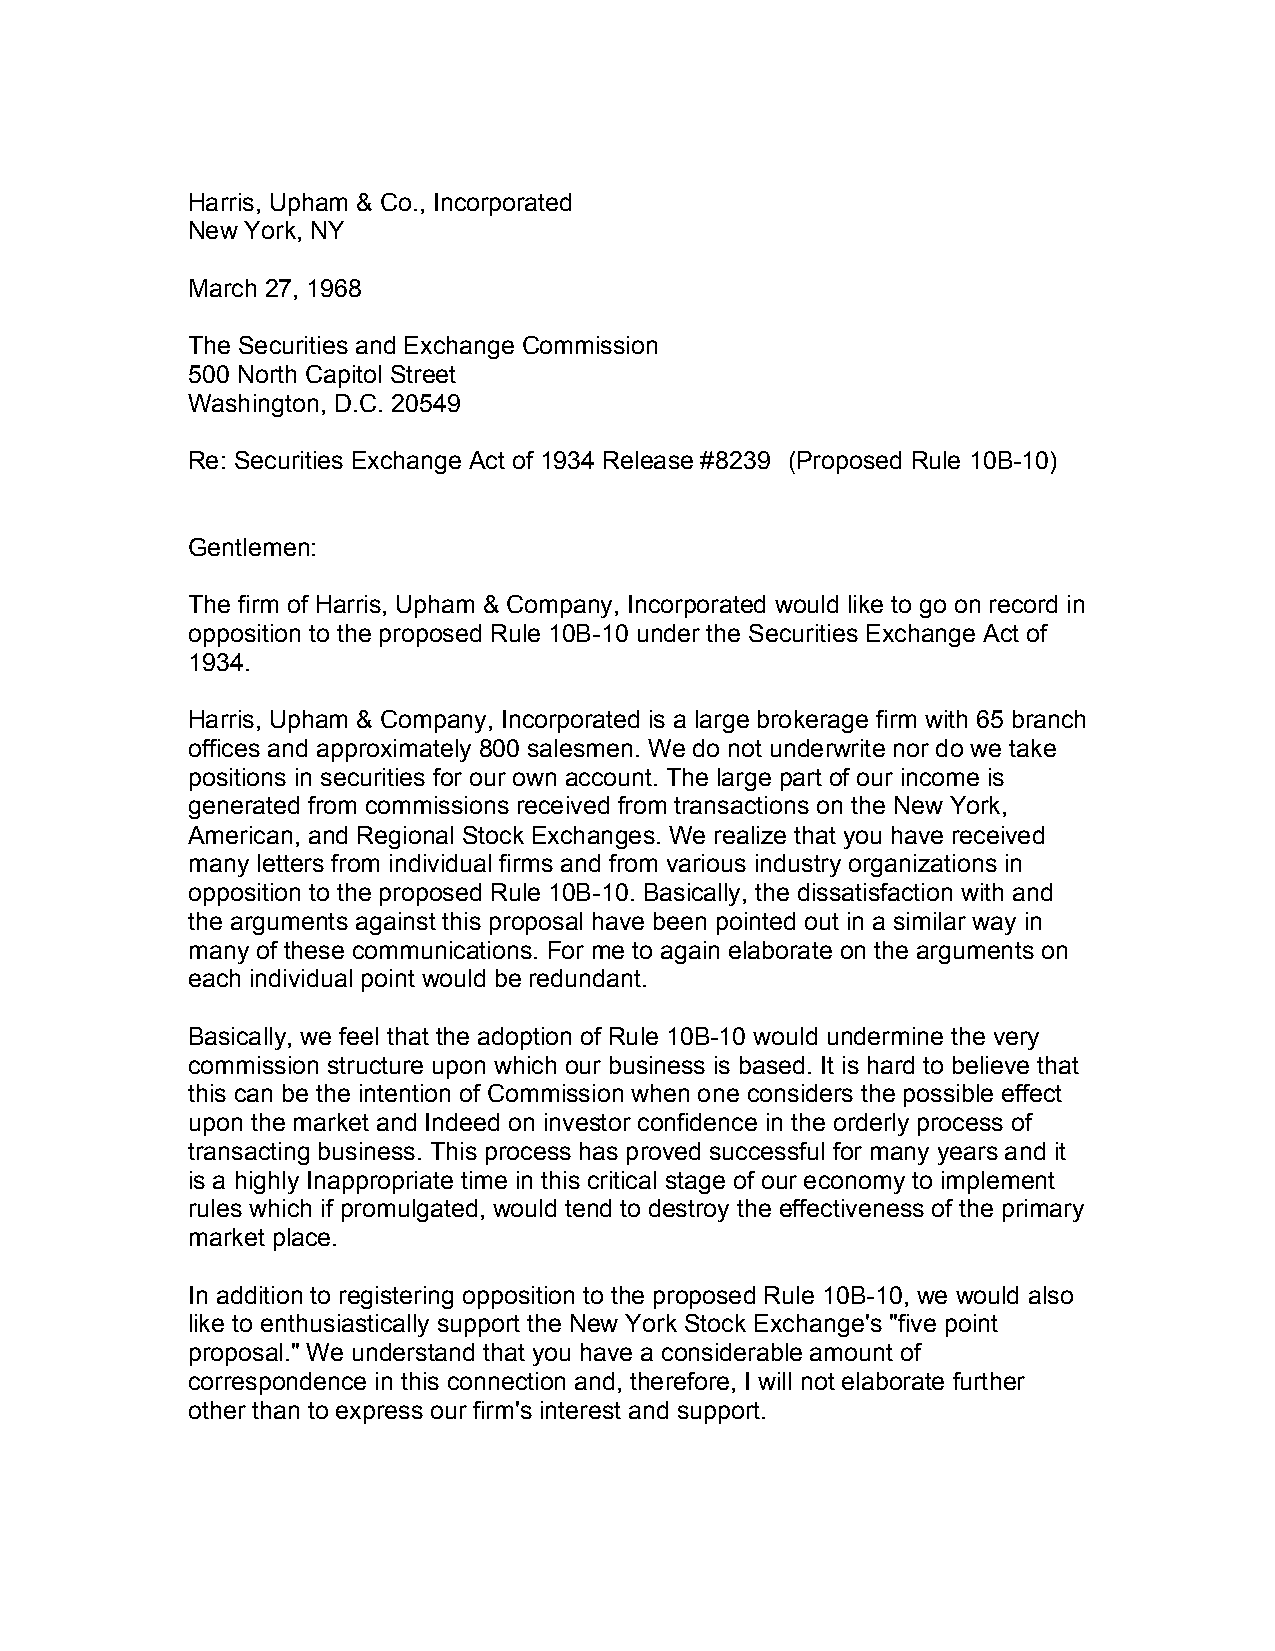
Harris, Upham & Co., Incorporated
 New York, NY
 March 27, 1968
 The Securities and Exchange Commission
 500 North Capitol Street
 Washington, D.C. 20549
 Re: Securities Exchange Act of 1934 Release #8239 (Proposed Rule 10B-10)
 Gentlemen:
 The firm of Harris, Upham & Company, Incorporated would like to go on record in
 opposition to the proposed Rule 10B-10 under the Securities Exchange Act of
 1934.
 Harris, Upham & Company, Incorporated is a large brokerage firm with 65 branch
 offices and approximately 800 salesmen. We do not underwrite nor do we take
 positions in securities for our own account. The large part of our income is
 generated from commissions received from transactions on the New York,
 American, and Regional Stock Exchanges. We realize that you have received
 many letters from individual firms and from various industry organizations in
 opposition to the proposed Rule 10B-10. Basically, the dissatisfaction with and
 the arguments against this proposal have been pointed out in a similar way in
 many of these communications. For me to again elaborate on the arguments on
 each individual point would be redundant.
 Basically, we feel that the adoption of Rule 10B-10 would undermine the very
 commission structure upon which our business is based. It is hard to believe that
 this can be the intention of Commission when one considers the possible effect
 upon the market and Indeed on investor confidence in the orderly process of
 transacting business. This process has proved successful for many years and it
 is a highly Inappropriate time in this critical stage of our economy to implement
 rules which if promulgated, would tend to destroy the effectiveness of the primary
 market place.
 In addition to registering opposition to the proposed Rule 10B-10, we would also
 like to enthusiastically support the New York Stock Exchange's "five point
 proposal." We understand that you have a considerable amount of
 correspondence in this connection and, therefore, I will not elaborate further
 other than to express our firm's interest and support.